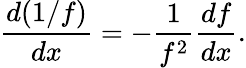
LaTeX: {\frac{d(1/f)}{dx}}=-{\frac{1}{f^{2}}}{\frac{df}{dx}}.